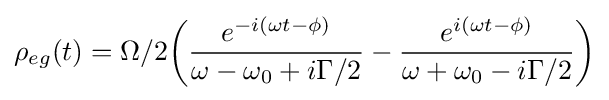
\rho _{eg}(t)=\Omega /2{\bigg (}{\frac {e^{-i(\omega t-\phi )}}{\omega -\omega _{0}+i\Gamma /2}}-{\frac {e^{i(\omega t-\phi )}}{\omega +\omega _{0}-i\Gamma /2}}{\bigg )}